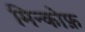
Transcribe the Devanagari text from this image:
मिन्कोफ़